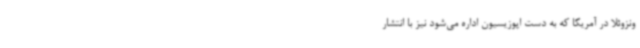
ونزوئلا در آمریکا که به دست اپوزیسیون اداره می‌شود نیز با انتشار